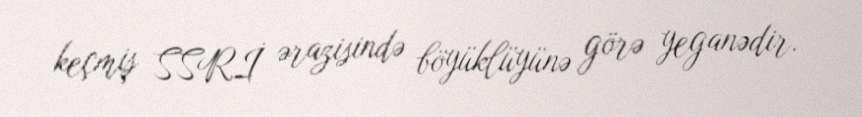
keçmiş SSRİ ərazisində böyüklüyünə görə yeganədir.